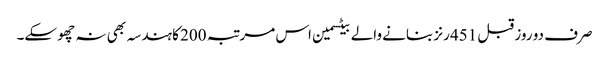
صرف دو روز قبل 451 رنز بنانے والے بیٹسمین اس مرتبہ 200 کا ہندسہ بھی نہ چھو سکے۔